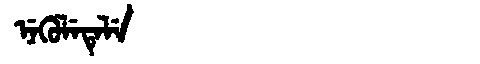
Manchu: ᠨᡝᡴᡠᠯᡝᡨᡝᠯᡝ
Romanization: NEKULETELE